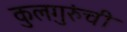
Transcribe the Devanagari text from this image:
कुलगुरुंची